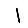
Digit: 1